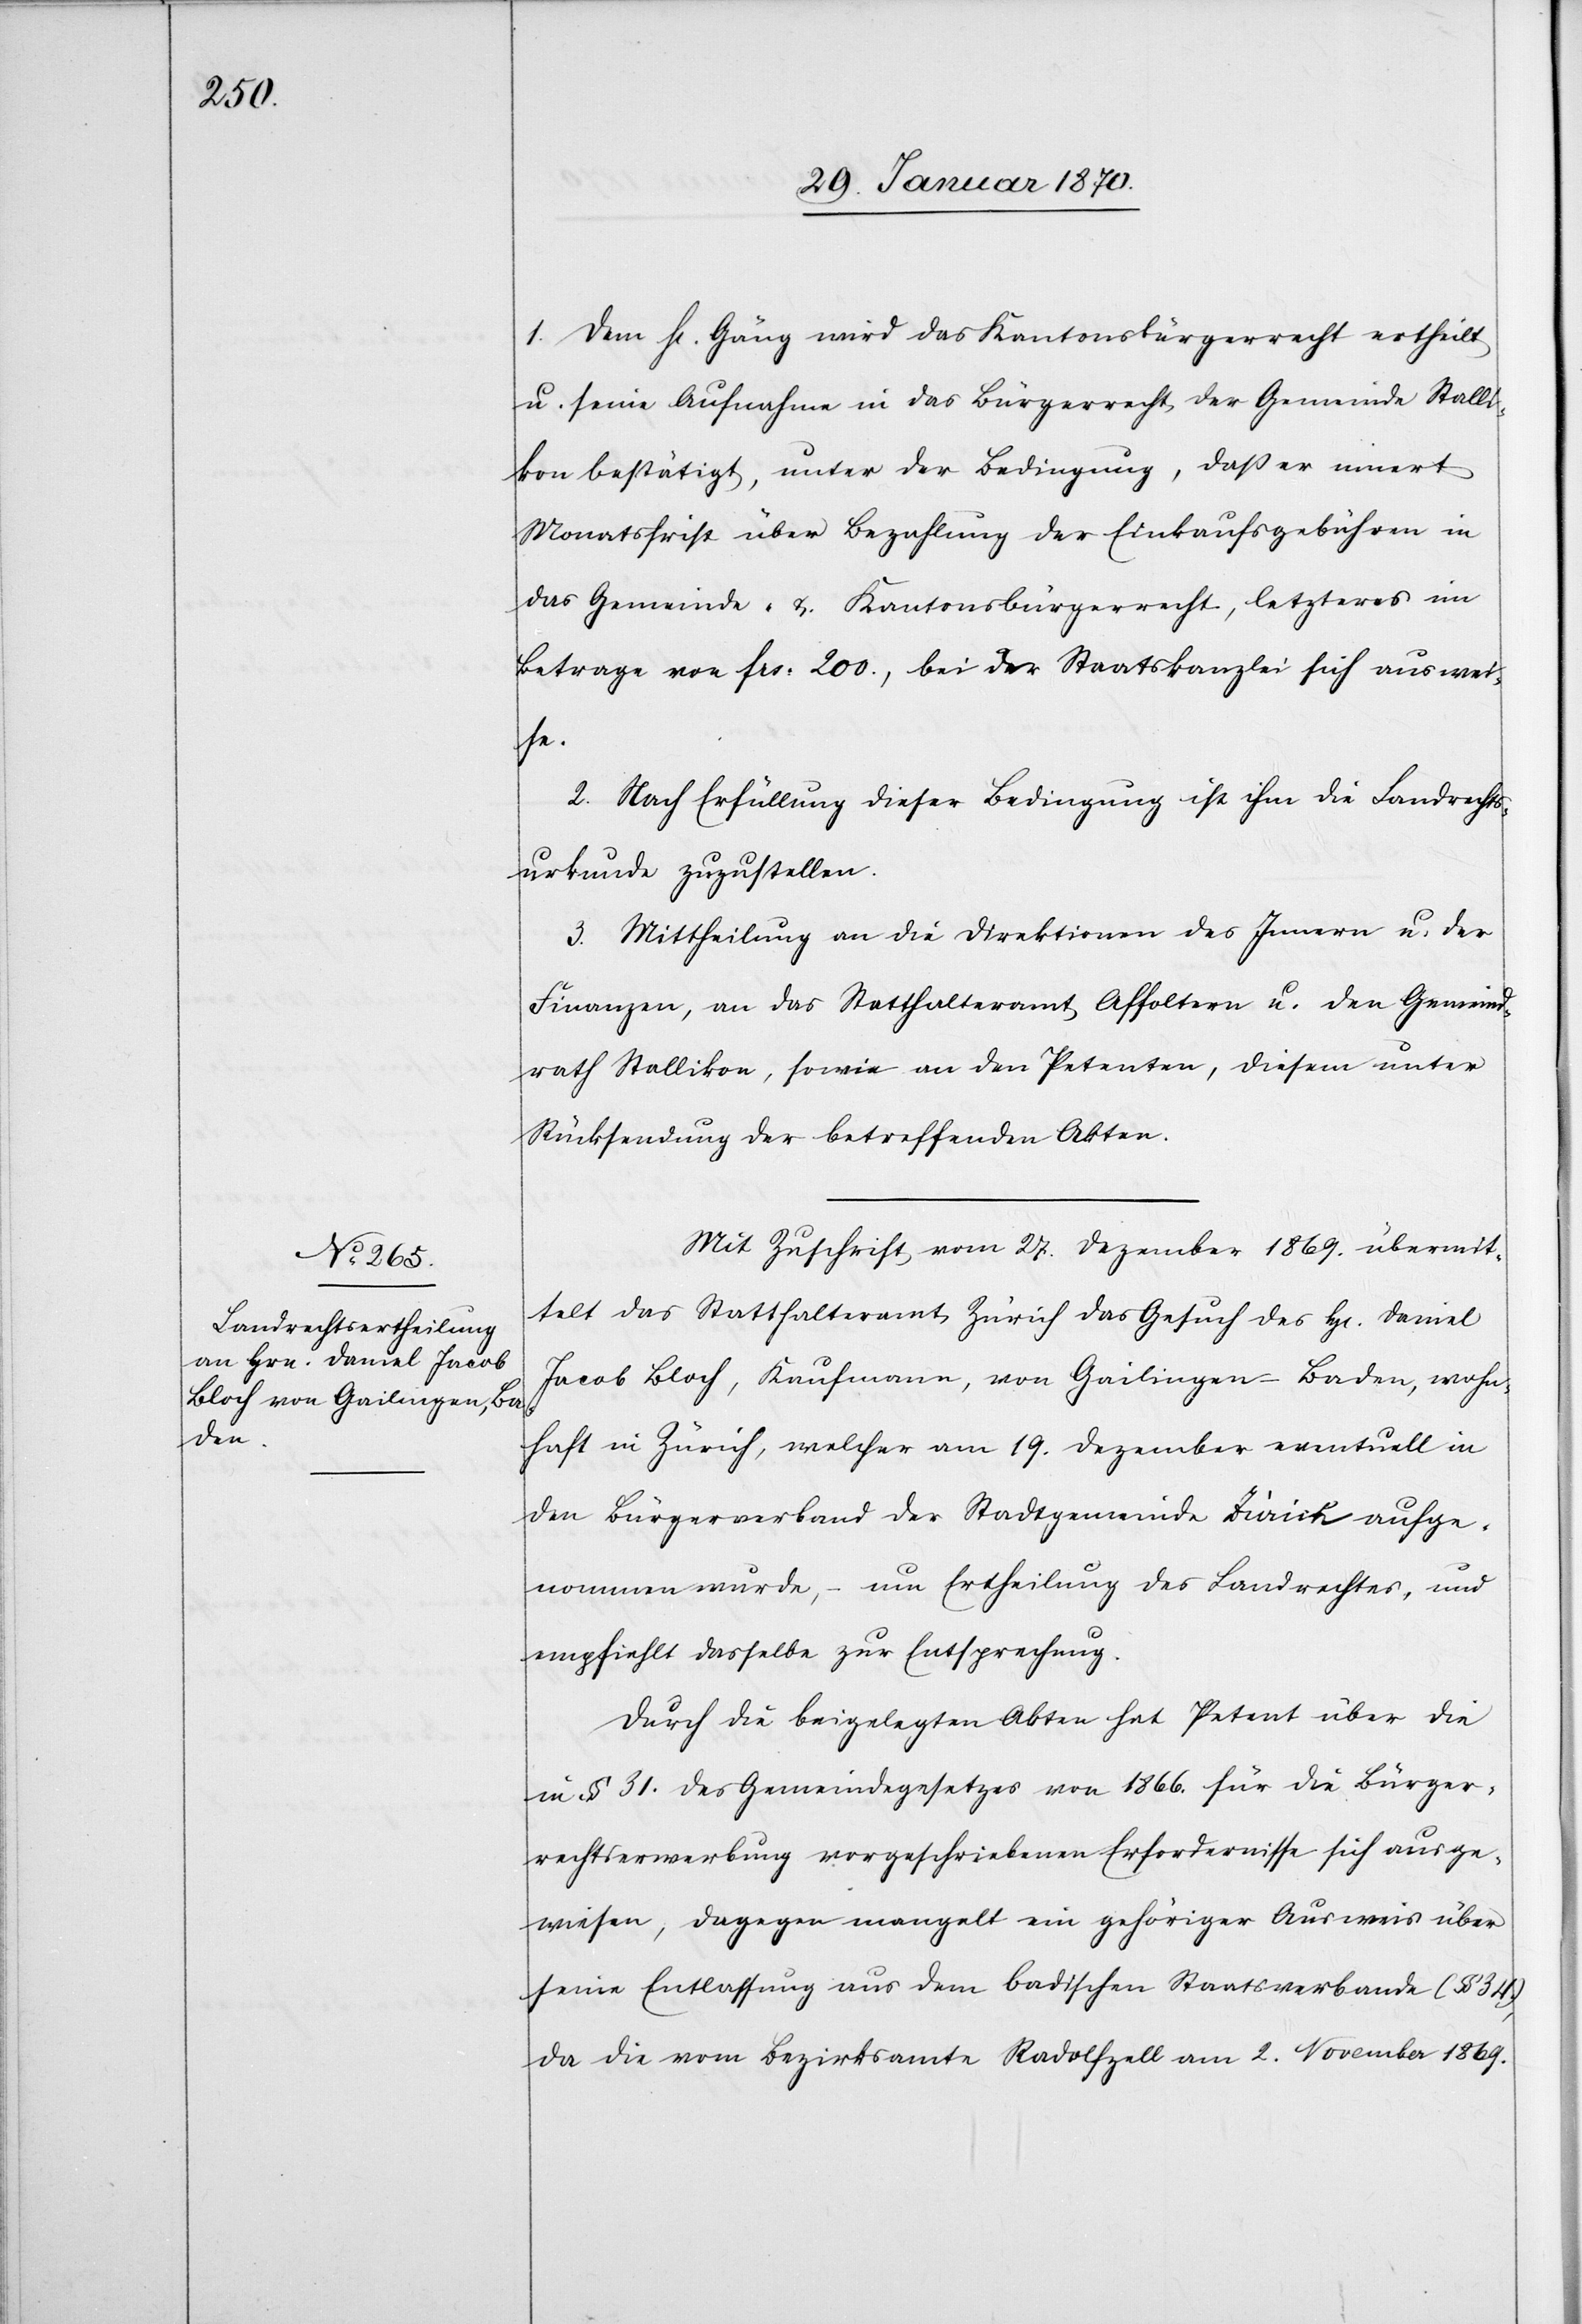
1.Dem H[errn] Gäng wird das Kantonsbürgerrecht ertheilt
u. seine Aufnahme in das Bürgerrecht der Gemeinde Stalli¬
kon bestätigt, unter der Bedingung, daß er innert
Monatsfrist über Bezahlung der Einkaufsgebühren in
das Gemeinde- u. Kantonsbürgerrecht, letzteres im
Betrage von frs. 200., bei der Staatskanzlei sich auswei¬
se.
2. Nach Erfüllung dieser Bedingung ist ihm die Landrechts¬
urkunde zuzustellen.
3. Mittheilung an die Direktionen des Innern u. der
Finanzen, an das Statthalteramt Affoltern u. den Gemeind¬
rath Stallikon, sowie an den Petenten, diesem unter
Rücksendung der betreffenden Akten.
Mit Zuschrift vom 27. Dezember 1869. übermit¬
telt das Statthalteramt Zürich das Gesuch des H[errn] Daniel
Jacob Bloch, Kaufmann, von Gailingen – Baden, wohn¬
haft in Zürich, welcher am 19. Dezember eventuell in
den Bürgerverband der Stadtgemeinde Zürich aufge¬
nommen wurde, – um Ertheilung des Landrechtes, und
empfiehlt dasselbe zur Entsprechung.
Durch die beigelegten Akten hat Petent über die
in § 31. des Gemeindegesetzes von 1866. für die Bürger¬
rechtserwerbung vorgeschriebenen Erfordernisse sich ausge¬
wiesen, dagegen mangelt ein gehöriger Ausweis über
seine Entlassung aus dem badischen Staatsverbande (§ 34.)
da die vom Bezirksamte Radolfzell am 2. November 1869